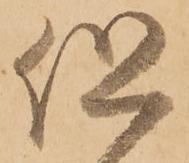
但